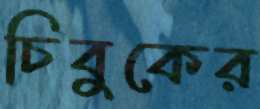
চিবুকের